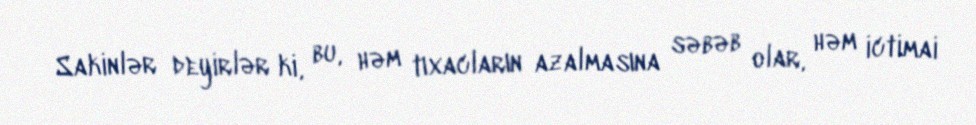
Sakinlər deyirlər ki, bu, həm tıxacların azalmasına səbəb olar, həm ictimai